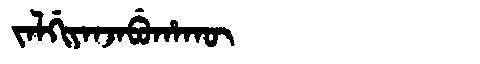
Manchu: ᠵᠠᠯᡤᡳᠶᠠᠨᠵᠠᠪᡠᡥᠠᡴᡡ
Romanization: JALGIYANJABUHAKŪ